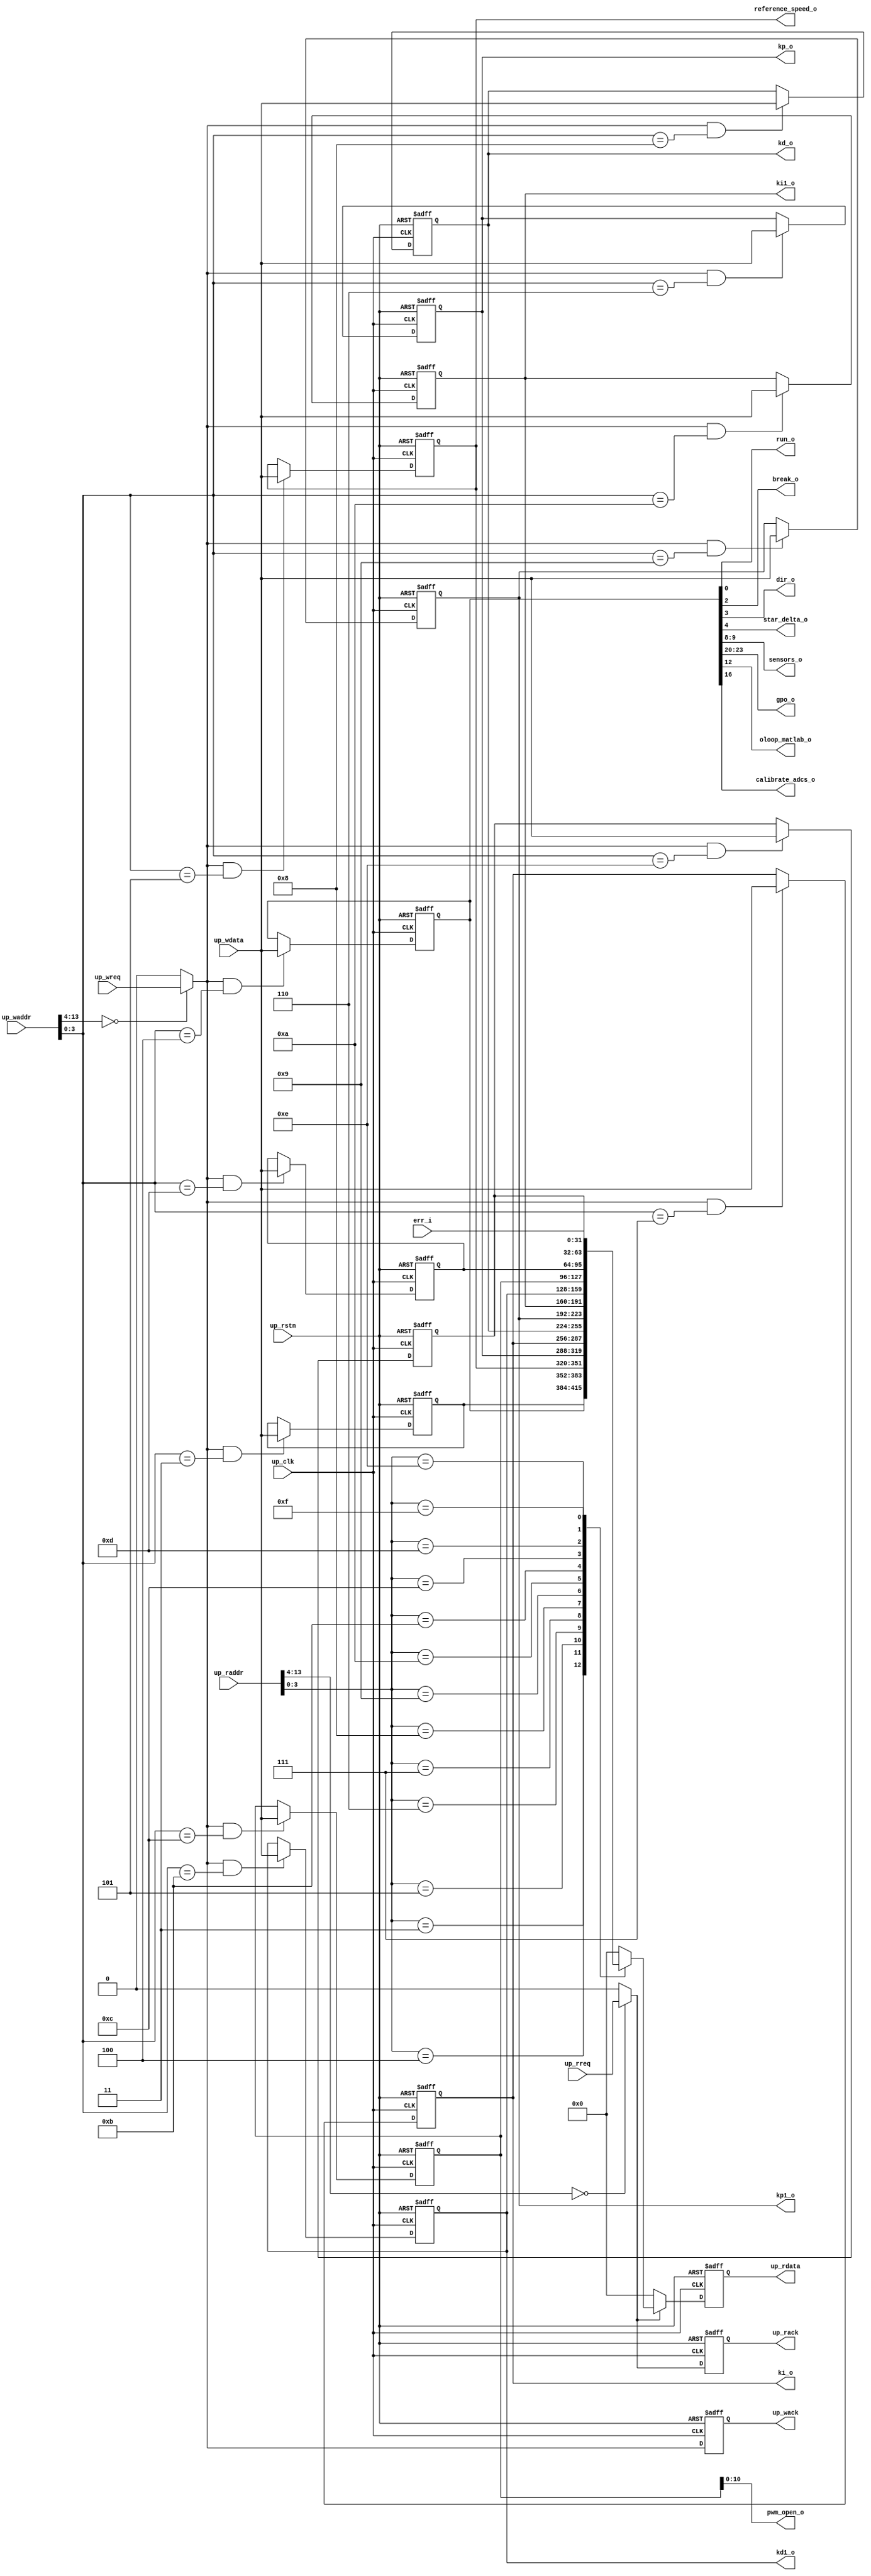
// ***************************************************************************
// ***************************************************************************
// Copyright 2014 - 2017 (c) Analog Devices, Inc. All rights reserved.
//
// In this HDL repository, there are many different and unique modules, consisting
// of various HDL (Verilog or VHDL) components. The individual modules are
// developed independently, and may be accompanied by separate and unique license
// terms.
//
// The user should read each of these license terms, and understand the
// freedoms and responsibilities that he or she has by using this source/core.
//
// This core is distributed in the hope that it will be useful, but WITHOUT ANY
// WARRANTY; without even the implied warranty of MERCHANTABILITY or FITNESS FOR
// A PARTICULAR PURPOSE.
//
// Redistribution and use of source or resulting binaries, with or without modification
// of this file, are permitted under one of the following two license terms:
//
//   1. The GNU General Public License version 2 as published by the
//      Free Software Foundation, which can be found in the top level directory
//      of this repository (LICENSE_GPL2), and also online at:
//      <https://www.gnu.org/licenses/old-licenses/gpl-2.0.html>
//
// OR
//
//   2. An ADI specific BSD license, which can be found in the top level directory
//      of this repository (LICENSE_ADIBSD), and also on-line at:
//      https://github.com/analogdevicesinc/hdl/blob/master/LICENSE_ADIBSD
//      This will allow to generate bit files and not release the source code,
//      as long as it attaches to an ADI device.
//
// ***************************************************************************
// ***************************************************************************

`timescale 1ns/100ps

module control_registers
(

//bus interface

    input              up_rstn,
    input              up_clk,
    input              up_wreq,
    input      [13:0]  up_waddr,
    input      [31:0]  up_wdata,
    output reg         up_wack,
    input              up_rreq,
    input      [13:0]  up_raddr,
    output reg [31:0]  up_rdata,
    output reg         up_rack,

//control

    input  [31:0]  err_i,
    output [10:0]  pwm_open_o,
    output [31:0]  reference_speed_o,
    output [31:0]  kp_o,
    output [31:0]  ki_o,
    output [31:0]  kd_o,
    output [31:0]  kp1_o,
    output [31:0]  ki1_o,
    output [31:0]  kd1_o,
    output         run_o,
    output         break_o,
    output         dir_o,
    output         star_delta_o,
    output [ 1:0]  sensors_o,
    output [ 3:0]  gpo_o,
    output         oloop_matlab_o,
    output         calibrate_adcs_o
);

//------------------------------------------------------------------------------
//----------- Registers Declarations -------------------------------------------
//------------------------------------------------------------------------------

//internal registers

reg [31:0] control_r;
reg [31:0] reference_speed_r;
reg [31:0] kp_r;
reg [31:0] ki_r;
reg [31:0] kp1_r;
reg [31:0] ki1_r;
reg [31:0] kd1_r;
reg [31:0] pwm_open_r;
reg [31:0] pwm_break_r;
reg [31:0] status_r;
reg [31:0] reserved_r1;
reg [31:0] kd_r;
reg [10:0] gpo_r;

//------------------------------------------------------------------------------
//----------- Wires Declarations -----------------------------------------------
//------------------------------------------------------------------------------

wire        up_wreq_s;
wire        up_rreq_s;

//------------------------------------------------------------------------------
//----------- Assign/Always Blocks ---------------------------------------------
//------------------------------------------------------------------------------

assign up_wreq_s = (up_waddr[13:4] == 10'h00) ? up_wreq : 1'b0;
assign up_rreq_s = (up_raddr[13:4] == 10'h00) ? up_rreq : 1'b0;

assign run_o                    = control_r[0];     // Run the motor
assign break_o                  = control_r[2];     // Activate the Break circuit
assign dir_o                    = control_r[3];     // 0 CCW, 1 CW
assign star_delta_o             = control_r[4];     // Select between star [0] or delta [1] controller
assign sensors_o                = control_r[9:8];   // Select between Hall[00] and BEMF[01] sensors
assign calibrate_adcs_o         = control_r[16];
assign oloop_matlab_o           = control_r[12];    // Select between open loop control [0] and matlab control [1]
assign gpo_o                    = control_r[23:20];

assign pwm_open_o               = pwm_open_r[10:0];       // PWM value, for open loop control
assign reference_speed_o        = reference_speed_r;
assign kp_o                     = kp_r;             // KP controller parameter
assign ki_o                     = ki_r;             // KI controller parameter
assign kd_o                     = kd_r;             // KD controller parameter
assign kp1_o                    = kp1_r;
assign kd1_o                    = kd1_r;
assign ki1_o                    = ki1_r;

// processor write interface

always @(negedge up_rstn or posedge up_clk)
begin
   if (up_rstn == 0)
   begin
       reserved_r1          <= 'd0;
       up_wack              <= 1'b0;
       control_r            <= 'h0;
       reference_speed_r    <= 'd1000;
       kp_r                 <= 'd6554;
       ki_r                 <= 'd26;
       kd_r                 <= 'd655360;
       kp1_r                <= 'd0;
       ki1_r                <= 'd0;
       kd1_r                <= 'd0;
       pwm_open_r           <= 'h5ff;
       pwm_break_r          <= 'd0;
       status_r             <= 'd0;
   end
   else
   begin
       up_wack  <= up_wreq_s;
       if ((up_wreq_s == 1'b1) && (up_waddr[3:0] == 4'h3))
       begin
           reserved_r1          <= up_wdata;
       end
       if ((up_wreq_s == 1'b1) && (up_waddr[3:0] == 4'h4))
       begin
           control_r            <= up_wdata;
       end
       if ((up_wreq_s == 1'b1) && (up_waddr[3:0] == 4'h5))
       begin
           reference_speed_r    <= up_wdata;
       end
       if ((up_wreq_s == 1'b1) && (up_waddr[3:0] == 4'h6))
       begin
           kp_r                 <= up_wdata;
       end
       if ((up_wreq_s == 1'b1) && (up_waddr[3:0] == 4'h7))
       begin
           ki_r                 <= up_wdata;
       end
       if ((up_wreq_s == 1'b1) && (up_waddr[3:0] == 4'h8))
       begin
           kd_r                 <= up_wdata;
       end
       if ((up_wreq_s == 1'b1) && (up_waddr[3:0] == 4'h9))
       begin
           kp1_r                <= up_wdata;
       end
       if ((up_wreq_s == 1'b1) && (up_waddr[3:0] == 4'ha))
       begin
           ki1_r                <= up_wdata;
       end
       if ((up_wreq_s == 1'b1) && (up_waddr[3:0] == 4'hb))
       begin
           kd1_r                <= up_wdata;
       end
       if ((up_wreq_s == 1'b1) && (up_waddr[3:0] == 4'hc))
       begin
           pwm_open_r          <= up_wdata;
       end
       if ((up_wreq_s == 1'b1) && (up_waddr[3:0] == 4'hd))
       begin
           pwm_break_r         <= up_wdata;
       end
       if ((up_wreq_s == 1'b1) && (up_waddr[3:0] == 4'he))
       begin
           status_r            <= up_wdata;
       end
   end
end

// processor read interface

always @(negedge up_rstn or posedge up_clk)
begin
    if (up_rstn == 0) begin
        up_rack <= 'd0;
        up_rdata <= 'd0;
    end
    else
    begin
        up_rack <= up_rreq_s;
        if (up_rreq_s == 1'b1) begin
            case (up_raddr[3:0])
                4'h3: up_rdata <= reserved_r1;
                4'h4: up_rdata <= control_r;
                4'h5: up_rdata <= reference_speed_r;
                4'h6: up_rdata <= kp_r;
                4'h7: up_rdata <= ki_r;
                4'h8: up_rdata <= kd_r;
                4'h9: up_rdata <= kp1_r;
                4'ha: up_rdata <= ki1_r;
                4'hb: up_rdata <= kd1_r;
                4'hc: up_rdata <= pwm_open_r;
                4'hd: up_rdata <= pwm_break_r;
                4'he: up_rdata <= status_r;
                4'hf: up_rdata <= err_i;
                default: up_rdata <= 0;
            endcase
        end
        else
        begin
            up_rdata <= 32'd0;
        end
    end
end

endmodule